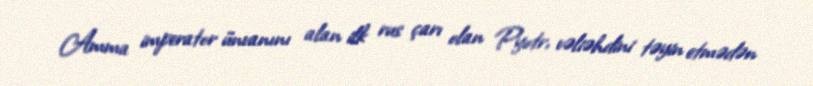
Amma imperator ünvanını alan ilk rus çarı olan Pyotr, vəliəhdini təyin etmədən